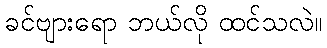
ခင်ဗျားရော ဘယ်လို ထင်သလဲ။